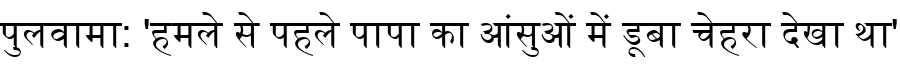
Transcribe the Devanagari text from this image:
पुलवामा: 'हमले से पहले पापा का आंसुओं में डूबा चेहरा देखा था'